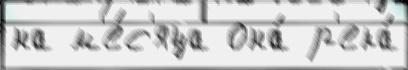
на м'е́с'яца она́ р'ека́